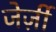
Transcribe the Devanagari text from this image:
जेर्ज़ी